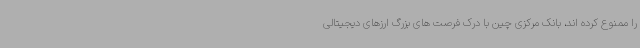
را ممنوع کرده اند، بانک مرکزی چین با درک فرصت های بزرگ ارزهای دیجیتالی